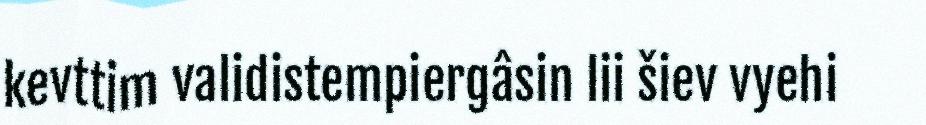
kevttim validistempiergâsin lii šiev vyehi